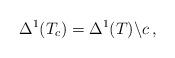
LaTeX: \begin{align*}\Delta^1(T_c) = \Delta^1(T) \backslash c \, , \end{align*}